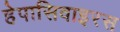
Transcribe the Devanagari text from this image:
हेपासिवाइरस